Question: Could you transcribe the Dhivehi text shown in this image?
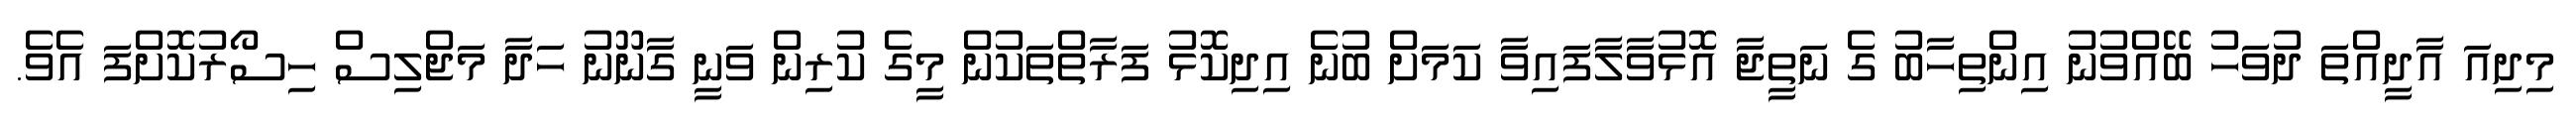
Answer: މިދިއަ އާދީއްތަ ދުވަހު ބޭއްވުނު އިންތިހާބު ގެ ނަތީޖާ އޮޅުވާލާފައިވާ ކަމަށް ބުނެ އިދިކޮޅު ފަރާތްތަކުން މީގެ ކުރިން ވަނީ ގާނޫނު ހަދާ މަޖްލިސް ހިސޯރުކޮށްފަ އެވެ.